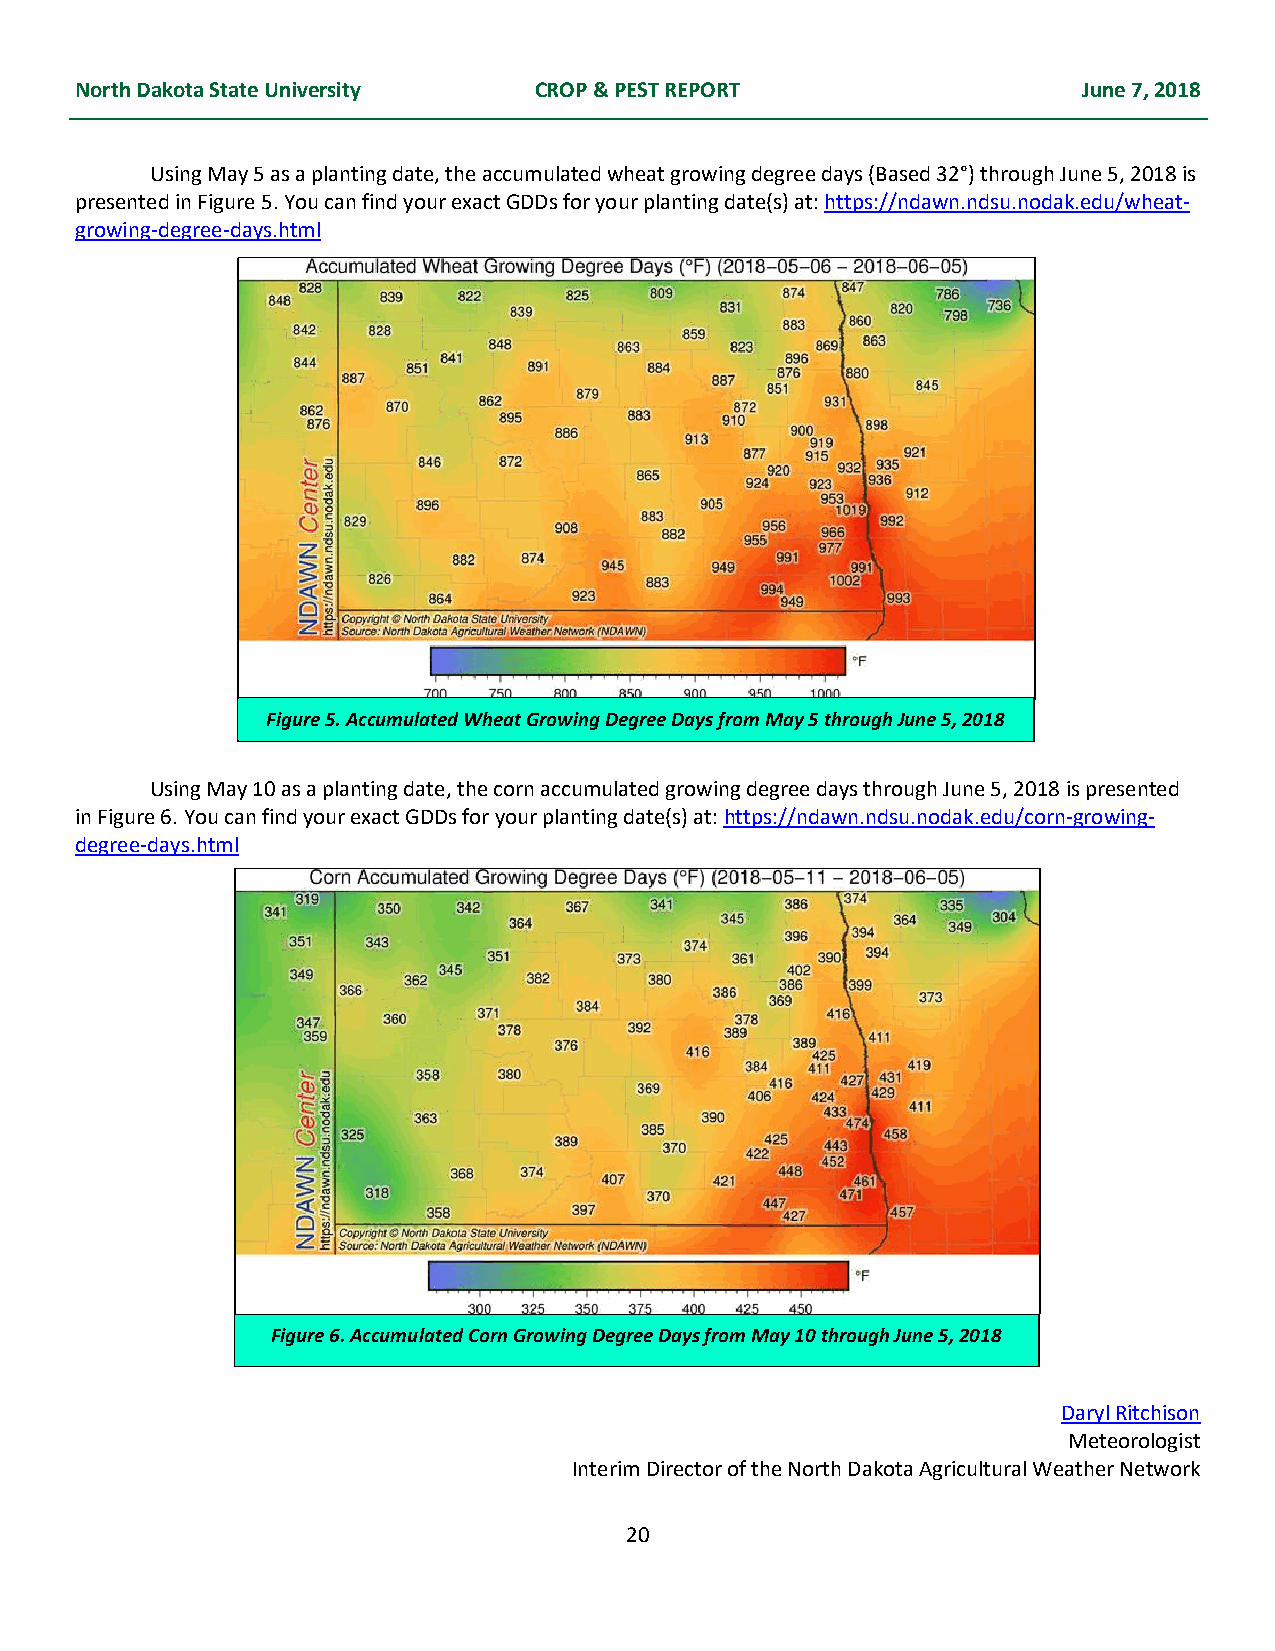
North Dakota State University CROP & PEST REPORT                   June 7, 2018
 Using May 5 as a planting date, the accumulated wheat growing degree days (Based 32°) through June 5, 2018 is
 presented in Figure 5. You can find your exact GDDs for your planting date(s) at: https://ndawn.ndsu.nodak.edu/wheat-
 growing-degree-days.html
 Figure 5. Accumulated Wheat Growing Degree Days from May 5 through June 5, 2018
 Using May 10 as a planting date, the corn accumulated growing degree days through June 5, 2018 is presented
 in Figure 6. You can find your exact GDDs for your planting date(s) at: https://ndawn.ndsu.nodak.edu/corn-growing-
 degree-days.html
 Figure 6. Accumulated Corn Growing Degree Days from May 10 through June 5, 2018
 Daryl Ritchison
 Meteorologist
 Interim Director of the North Dakota Agricultural Weather Network
 20